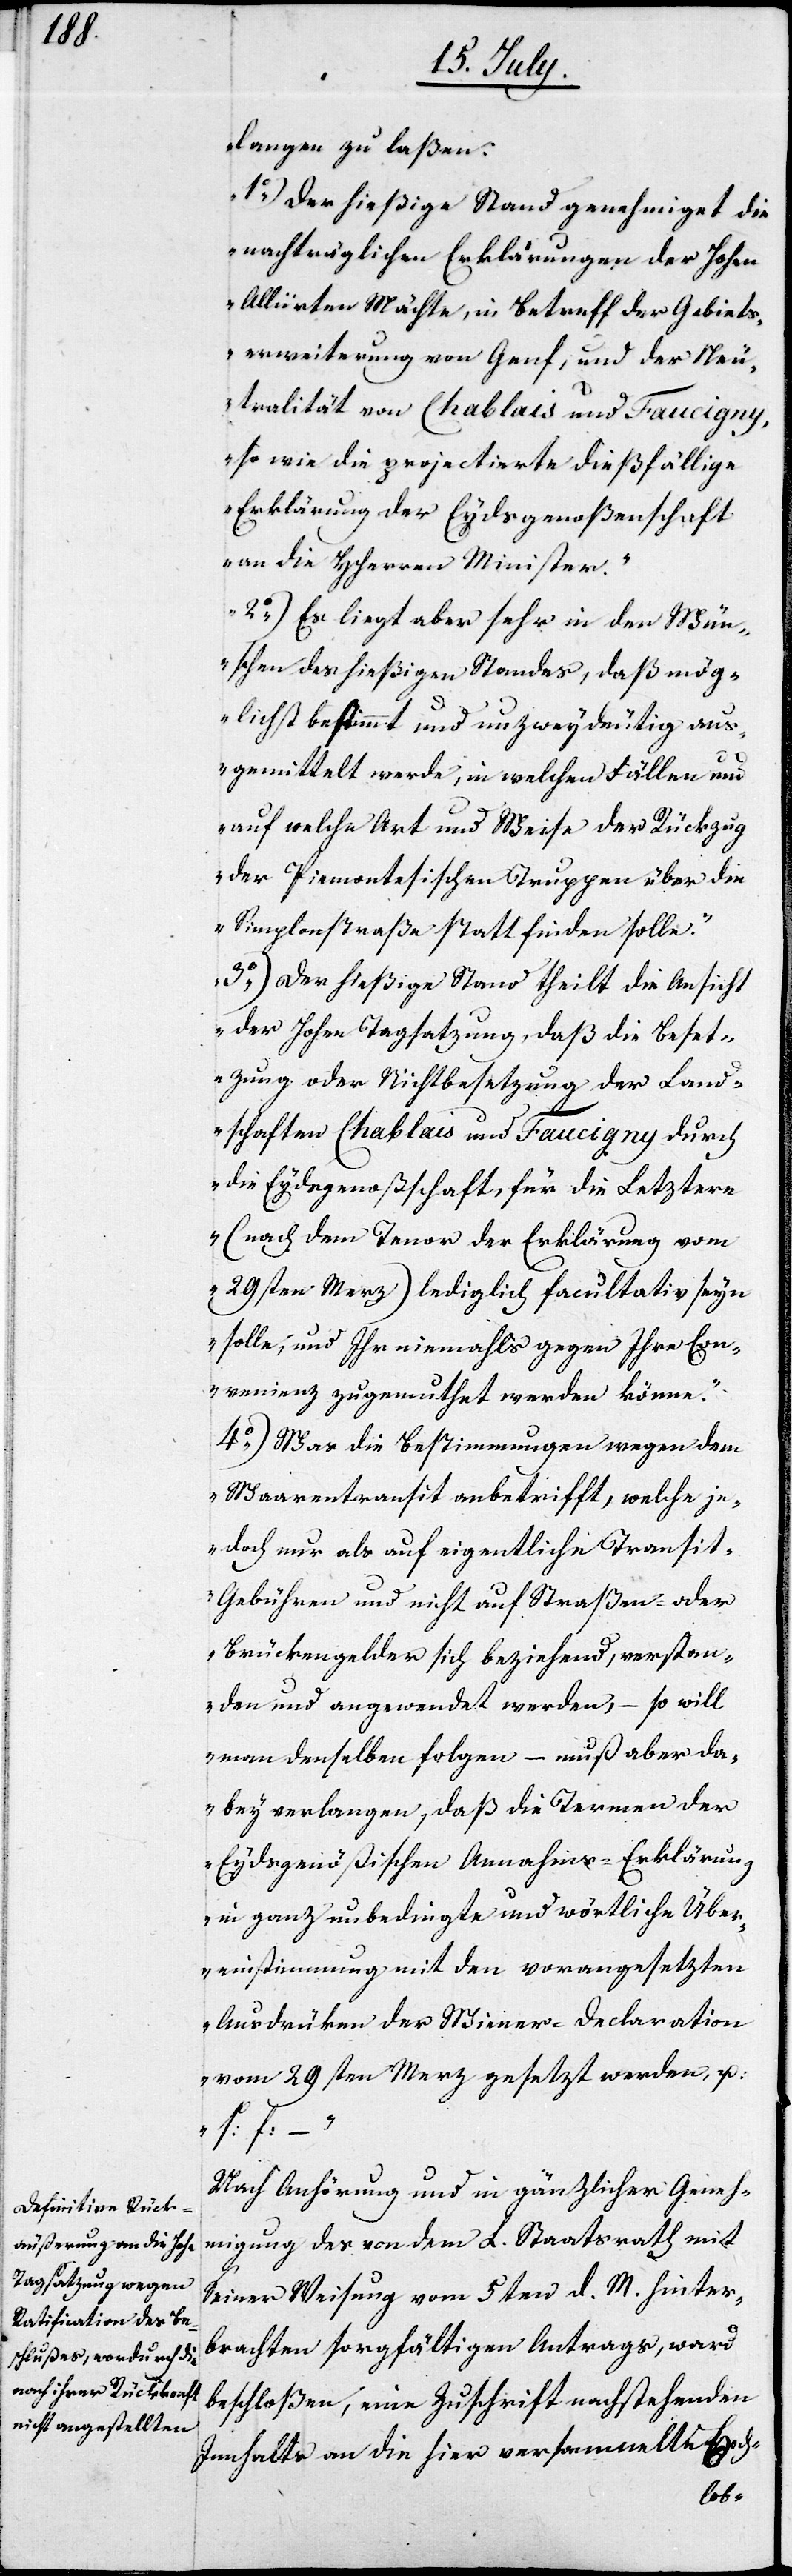
Nach Anhörung und in gänzlicher Geneh¬
migung des von dem L. Staatsrath mit
seiner Weisung vom 5ten d. M. hinter¬
brachten sorgfältigen Antrags, ward
beschloßen, eine Zuschrift nachstehenden
Innhalts an die hier versammelte Hoc¬
h-